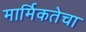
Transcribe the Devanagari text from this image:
मार्मिकतेचा